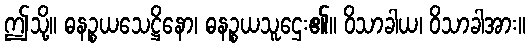
ဤသို့။ ဓနဉ္စယသေဋ္ဌိနော၊ ဓနဉ္စယသူဌေး၏။ ဝိသာခါယ၊ ဝိသာခါအား။